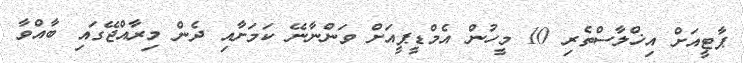
ޕާޓީއަށް އިޚްލާސްތެރި 10 މީހުން އެމްޑީޕީއަށް ވަންނާނޭ ކަމަށާއި ދެން މިރާއްޖޭގައި ބާއްވާ